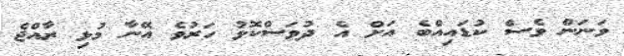
ވަނަން ވެސް ކުޑައިއްބެ އަށް އެ ދުވަސްކޮޅު ހަރުވެ އޭނާ މުޅި ރާއްޖެ